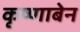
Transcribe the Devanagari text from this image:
कृष्णाबेन